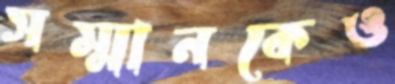
সম্মানকেও